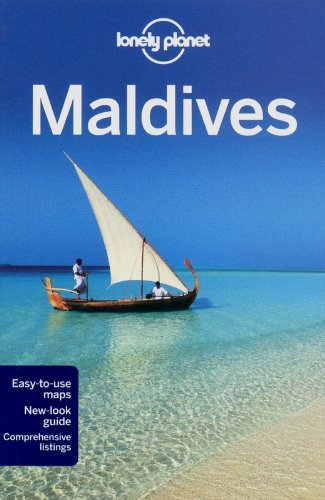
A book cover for By Lonely Planet Lonely Planet Maldives (Travel Guide) (8th Edition); Travel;